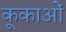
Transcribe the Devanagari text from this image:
कूकाओं